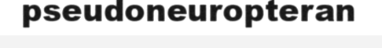
pseudoneuropteran